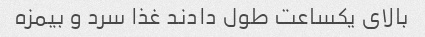
بالای یکساعت طول دادند غذا سرد و بیمزه